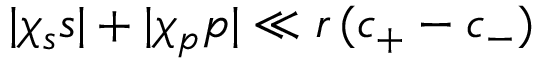
{ | \chi _ { s } s | + | \chi _ { p } p | \ll r \, ( c _ { + } - c _ { - } ) }